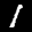
Label: 1